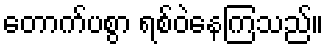
တောက်ပစွာ ရစ်ဝဲနေကြသည်။